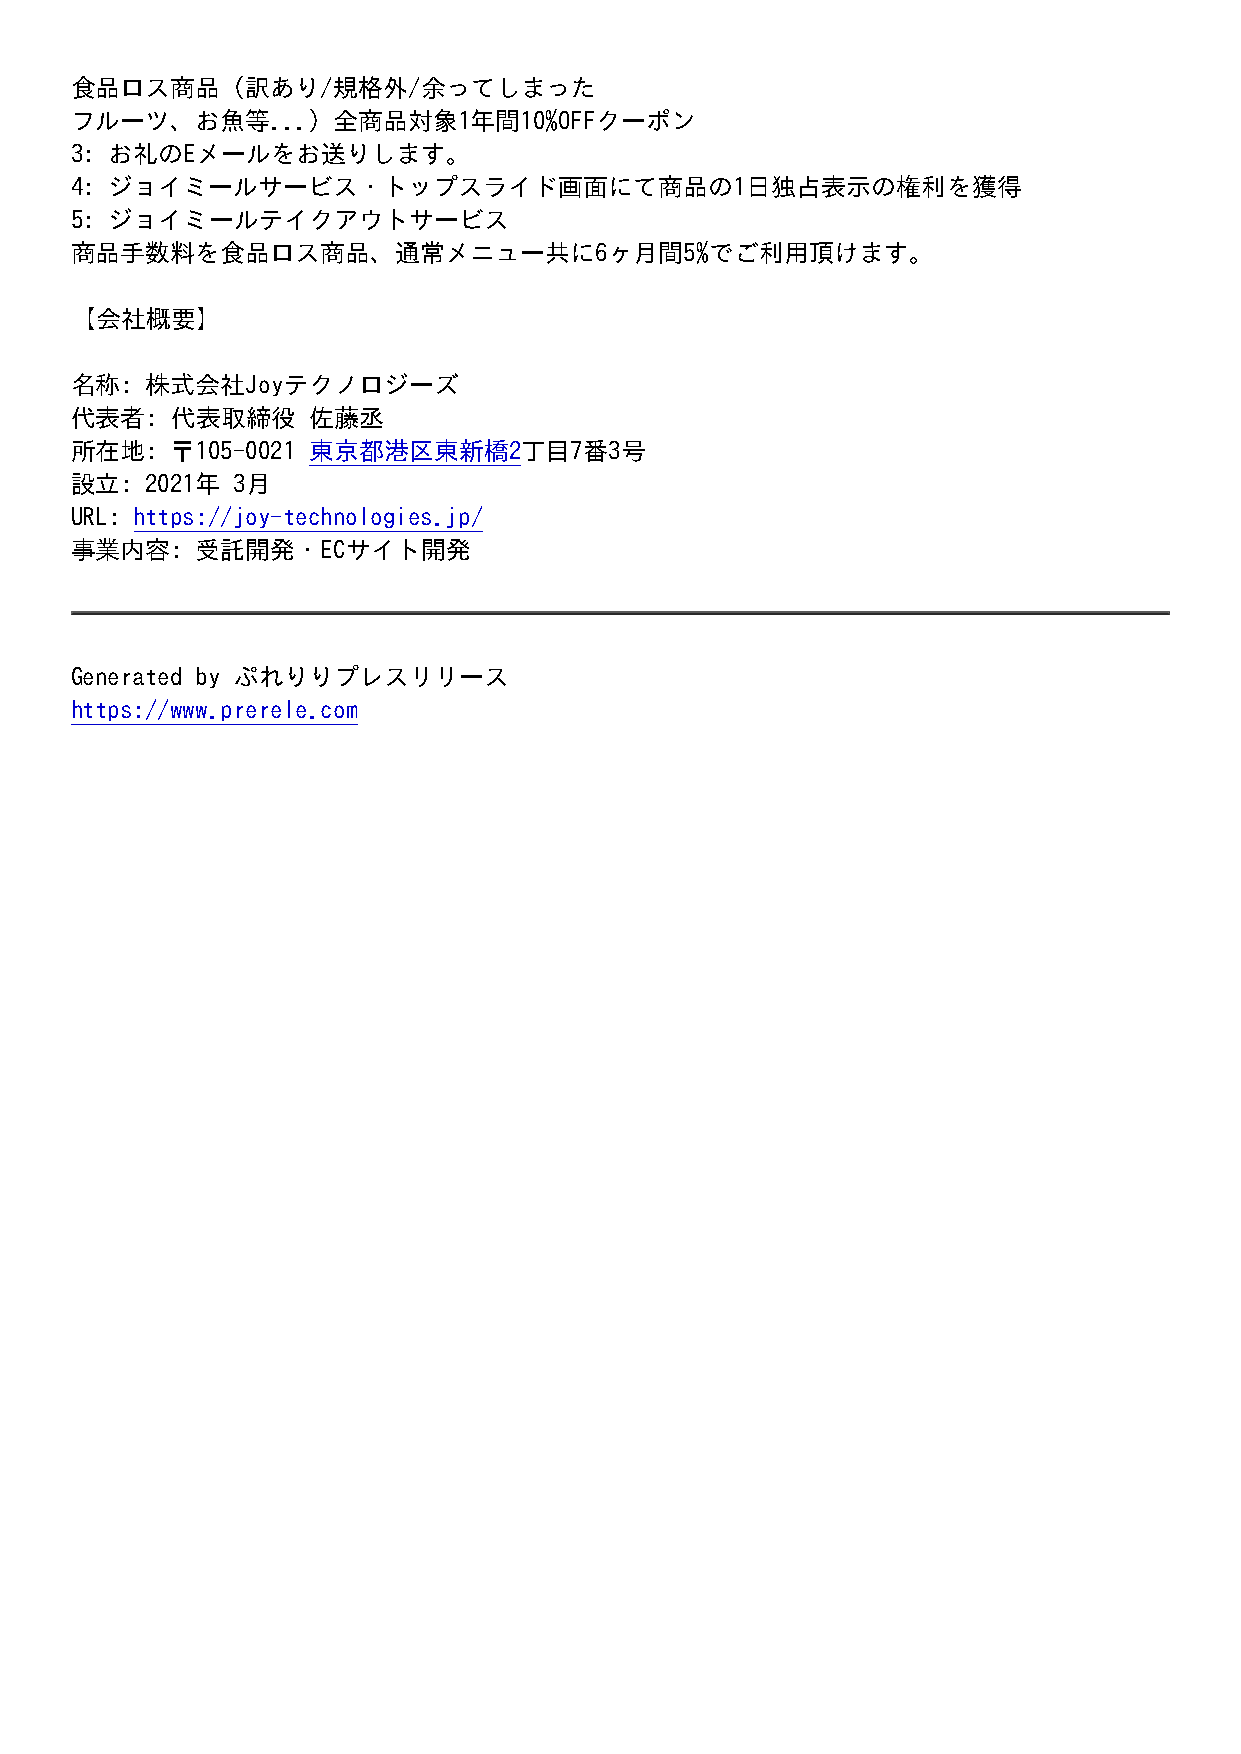
食品ロス商品（訳あり/規格外/余ってしまった
 フルーツ、お魚等...）全商品対象1年間10%OFFクーポン
 3: お礼のEメールをお送りします。
 4: ジョイミールサービス・トップスライド画面にて商品の1日独占表示の権利を獲得
 5: ジョイミールテイクアウトサービス
 商品手数料を食品ロス商品、通常メニュー共に6ヶ月間5%でご利用頂けます。
 【会社概要】
 名称:  株式会社Joyテクノロジーズ
 代表者:  代表取締役    佐藤丞
 所在地:  〒105-0021 東京都港区東新橋2丁目7番3号
 設立:  2021年 3月
 URL: https://joy-technologies.jp/
 事業内容:   受託開発・ECサイト開発
 Generated by ぷれりりプレスリリース
 https://www.prerele.com